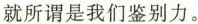
就所谓是我们鉴别力。